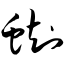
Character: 蜘